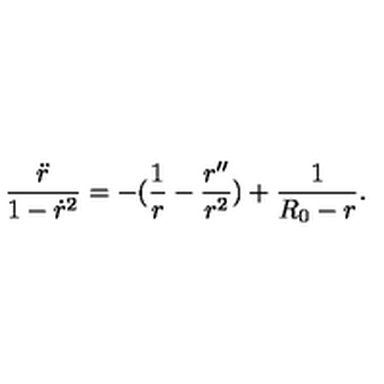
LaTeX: \frac { \ddot { r } } { 1 - \dot { r } ^ { 2 } } = - ( \frac { 1 } { r } - \frac { r ^ { \prime \prime } } { r ^ { 2 } } ) + \frac { 1 } { R _ { 0 } - r } .